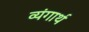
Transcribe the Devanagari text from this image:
व्यंगार्थ